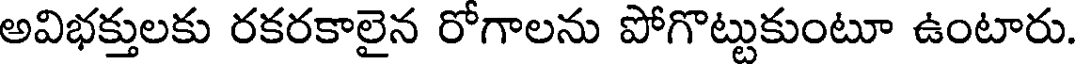
అవిభక్తులకు రకరకాలైన రోగాలను పోగొట్టుకుంటూ ఉంటారు.